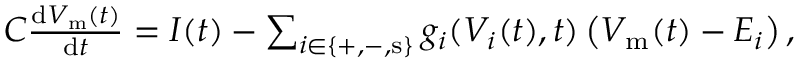
\begin{array} { r } { C \frac { \mathrm { d } V _ { \mathrm { m } } ( t ) } { \mathrm { d } t } = I ( t ) - \sum _ { i \in \left\{ + , - , \mathrm { s } \right\} } g _ { i } ( V _ { i } ( t ) , t ) \left( V _ { \mathrm { m } } ( t ) - E _ { i } \right) , } \end{array}